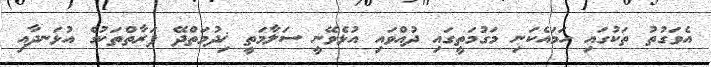
އެވަގުތު ތަކުގައި ހަމައެކަނި މަގުމަތީގައި ދުއްވައި އުޅެވޭނީ ސަލާމަތީ ޚިދުމަތްދޭ ފަރާތްތަކުގެ އުޅަނދާއި